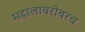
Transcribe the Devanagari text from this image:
महालाबरोबरच